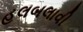
હલબલાવી